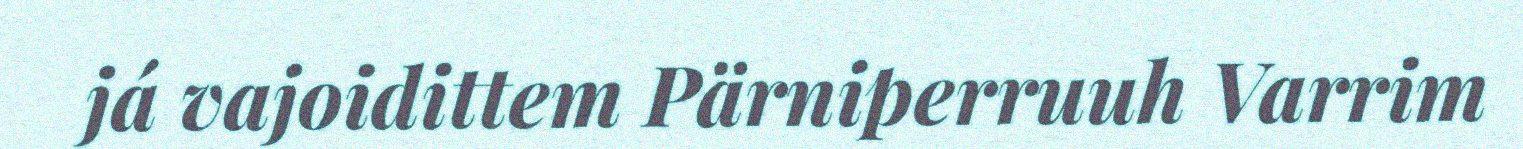
já vajoidittem Pärniperruuh Varrim